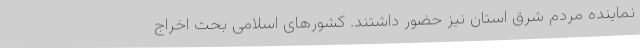
نماینده مردم شرق استان نیز حضور داشتند. کشورهای اسلامی بحث اخراج